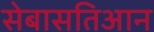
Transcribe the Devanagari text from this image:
सेबासतिआन